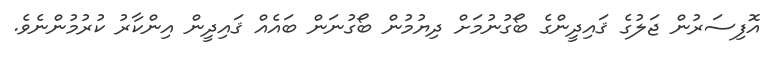
އޮފިސަރުން ޖަލުގެ ޤައިދީންގެ ބޯގުނުމަށް ދިޔުމުން ބޯގުނަން ބައެއް ޤައިދީން އިންކާރު ކުރުމުންނެވެ.